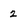
Character: 2